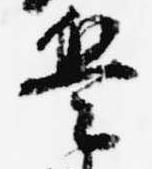
兵